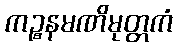
ကဉ္စနမဏိမုတ္တကံ